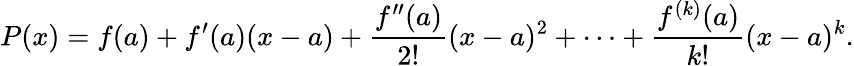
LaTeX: P(x)=f(a)+f^{\prime}(a)(x-a)+{\frac{f^{\prime\prime}(a)}{2!}}(x-a)^{2}+\cdots+{\frac{f^{(k)}(a)}{k!}}(x-a)^{k}.